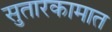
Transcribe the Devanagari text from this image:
सुतारकामात